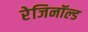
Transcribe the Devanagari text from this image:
रेजिनॉल्ड